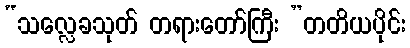
“သလ္လေခသုတ် တရားတော်ကြီး ”တတိယပိုင်း